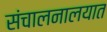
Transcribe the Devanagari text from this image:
संचालनालयात